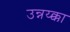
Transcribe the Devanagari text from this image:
उन्नय्क्का